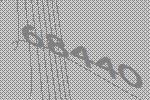
68440